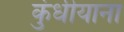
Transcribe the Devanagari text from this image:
कुंधीयाना